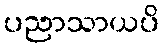
ပညာသာယပိ